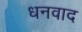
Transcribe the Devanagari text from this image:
धनवाद